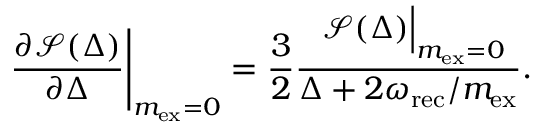
\frac { \partial \mathcal { S } ( \Delta ) } { \partial \Delta } \Bigg | _ { m _ { \mathrm { e x } } = 0 } = \frac { 3 } { 2 } \frac { \ \mathcal { S } ( \Delta ) \Big | _ { m _ { \mathrm { e x } } = 0 } } { \Delta + 2 \omega _ { \mathrm { r e c } } / m _ { \mathrm { e x } } } .